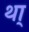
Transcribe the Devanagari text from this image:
था्